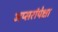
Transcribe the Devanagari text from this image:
अप्सरांपेक्षा